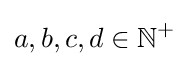
a,b,c,d\in \mathbb {N} ^{+}